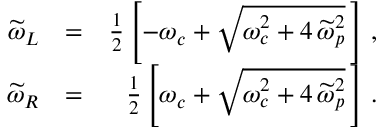
\begin{array} { r l r } { \widetilde { \omega } _ { L } } & { = } & { \frac { 1 } { 2 } \left[ - \omega _ { c } + \sqrt { \omega _ { c } ^ { 2 } + 4 \, \widetilde { \omega } _ { p } ^ { 2 } } \, \right] \, , } \\ { \widetilde { \omega } _ { R } } & { = } & { \frac { 1 } { 2 } \left[ \omega _ { c } + \sqrt { \omega _ { c } ^ { 2 } + 4 \, \widetilde { \omega } _ { p } ^ { 2 } } \, \right] \, . } \end{array}